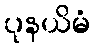
ပုနယိမံ